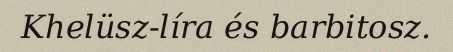
Khelüsz-líra és barbitosz.